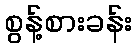
စွန့်စားခန်း